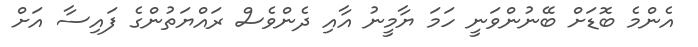
އެންމެ ބޮޑަށް ބޭނުންވަނީ ހަމަ ޔާމީނު އާއި ދެންވެސް ރައްޔަތުންގެ ފައިސާ އަށް